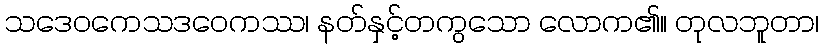
သဒေဝကေသဒဝေကဿ၊ နတ်နှင့်တကွသော လောက၏။ တုလဘူတာ၊